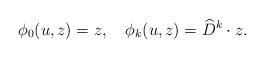
LaTeX: \begin{align*}\phi_0(u,z)=z,\quad\phi_{k}(u,z)=\widehat{D}^{k}\cdot z.\end{align*}